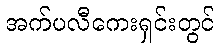
အက်ပလီကေးရှင်းတွင်